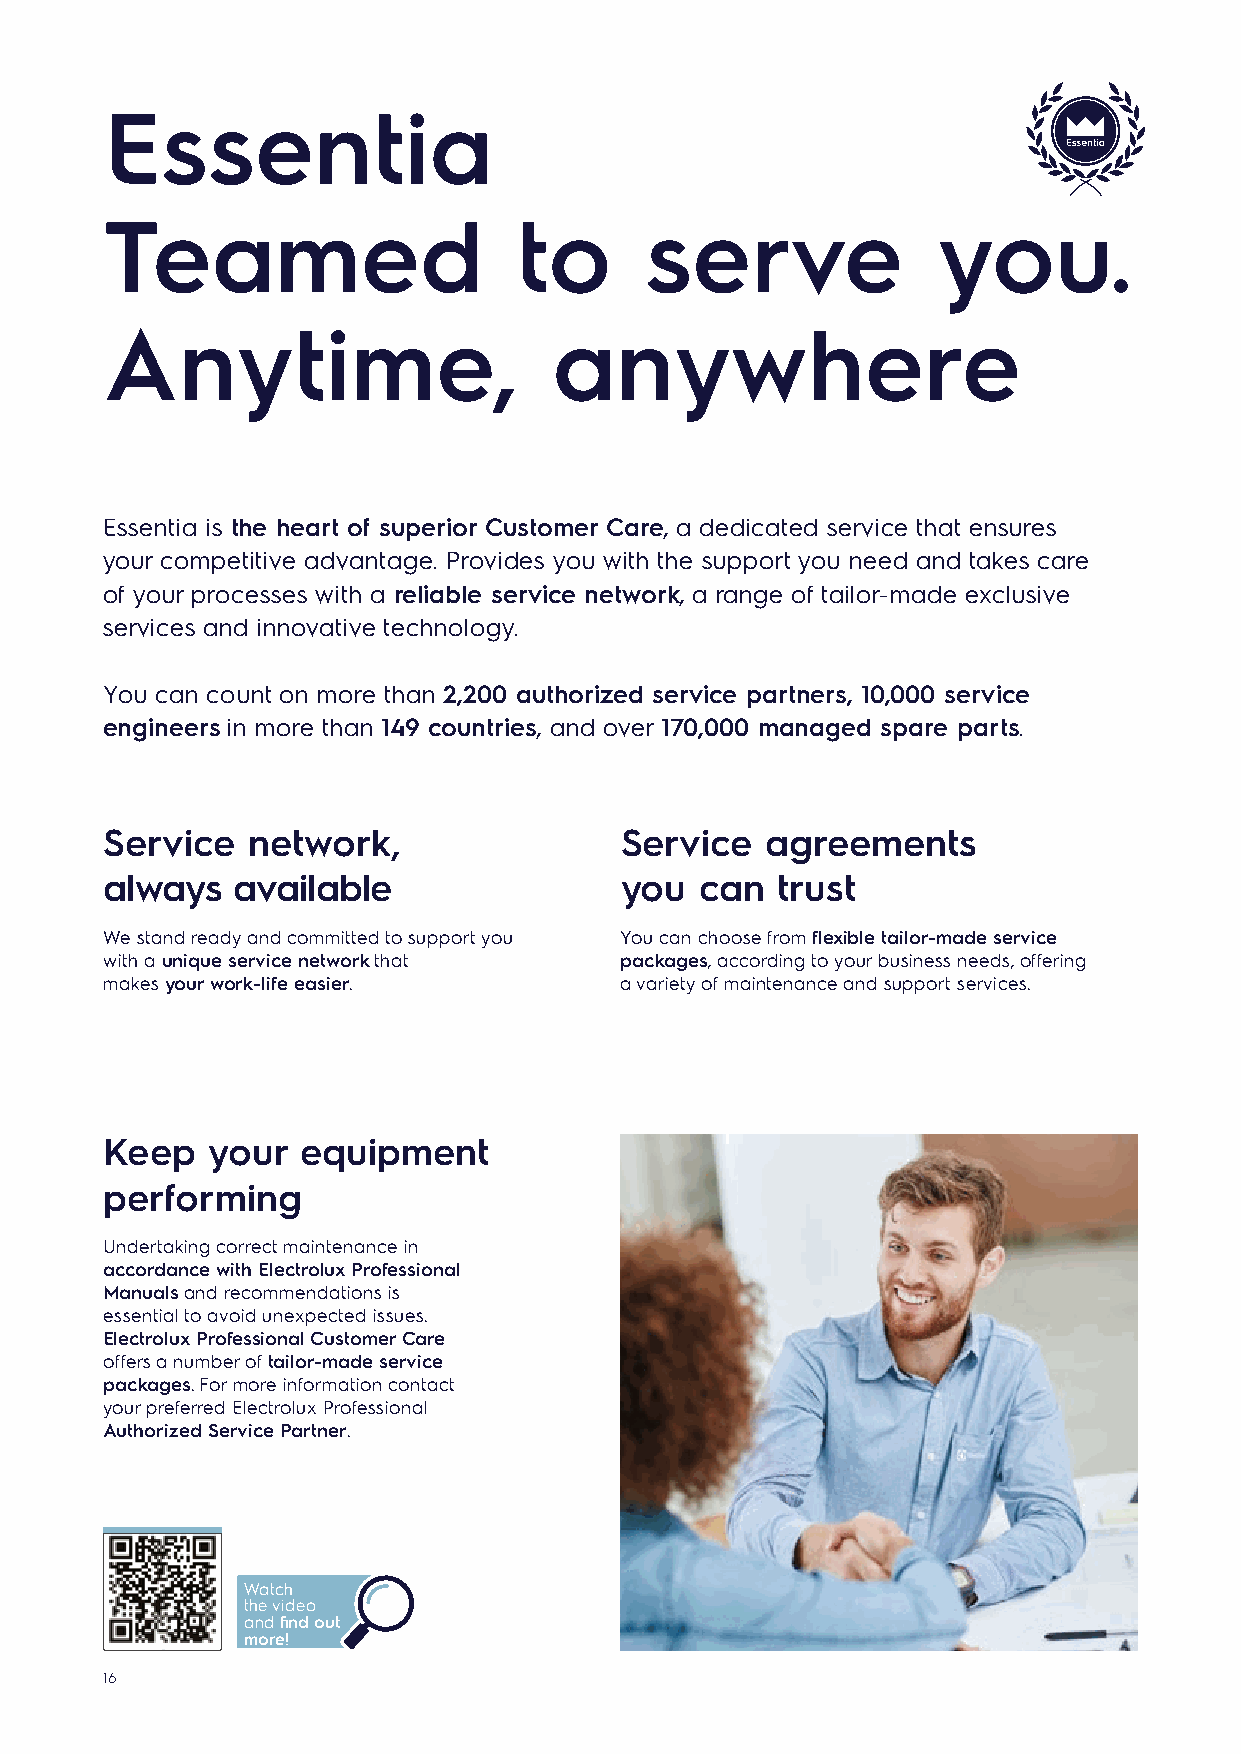
Essentia
 Teamed                     to       serve              you.
 Anytime,                      anywhere
 Essentia is the heart of superior Customer Care, a dedicated service that ensures
 your competitive advantage. Provides you with the support you need and takes care
 of your processes with a reliable service network, a range of tailor-made exclusive
 services and innovative technology.
 You can count on more than 2,200 authorized service partners, 10,000 service
 engineers in more than 149 countries, and over 170,000 managed spare parts.
 Service  network,                 Service   agreements
 always  available                 you  can  trust
 We stand ready and committed to support you You can choose from flexible tailor-made service
 with a unique service network that packages, according to your business needs, offering
 makes your work-life easier.      a variety of maintenance and support services.
 Keep   your  equipment
 performing
 Undertaking correct maintenance in
 accordance with Electrolux Professional
 Manuals and recommendations is
 essential to avoid unexpected issues.
 Electrolux Professional Customer Care
 offers a number of tailor-made service
 packages. For more information contact
 your preferred Electrolux Professional
 Authorized Service Partner.
 Watch
 the video
 and find out
 more!
 16